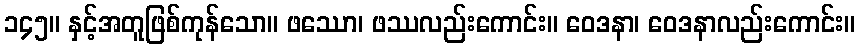
၁၄၅။ နှင့်အတူဖြစ်ကုန်သော။ ဖဿော၊ ဖဿလည်းကောင်း။ ဝေဒနာ၊ ဝေဒနာလည်းကောင်း။